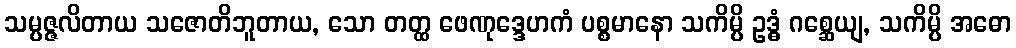
သမ္ပဇ္ဇလိတာယ သဇောတိဘူတာယ, သော တတ္ထ ဖေဏုဒ္ဒေဟကံ ပစ္စမာနော သကိမ္ပိ ဥဒ္ဓံ ဂစ္ဆေယျ, သကိမ္ပိ အဓော